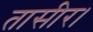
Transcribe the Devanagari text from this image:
तासीर।